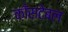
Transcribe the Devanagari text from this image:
काँसटेबल